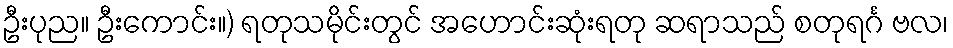
ဦးပုည။ ဦးကောင်း။) ရတုသမိုင်းတွင် အဟောင်းဆုံးရတု ဆရာသည် စတုရင်္ဂ ဗလ၊